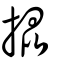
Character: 掍